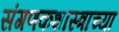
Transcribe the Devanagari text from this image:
संगणकशास्त्राच्या